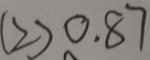
( 2 ) 0 . 8 7